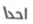
احدا